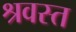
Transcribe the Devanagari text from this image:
श्रवस्त